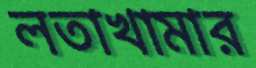
লতাখামার